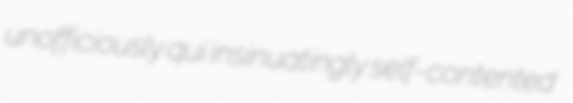
unofficiously qui insinuatingly self-contented